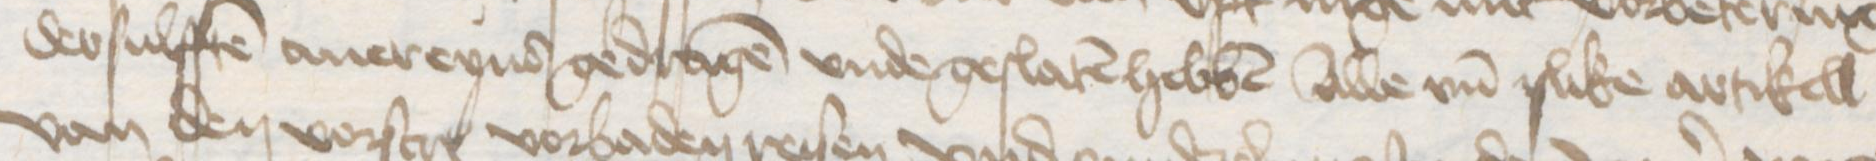
dessulffen auereynd gedragen vnde geslaten hebben alle vnd slike artikell